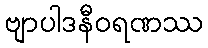
ဗျာပါဒနီဝရဏဿ